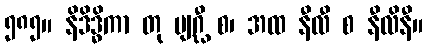
၅၈၅။ နိဒိဒ္ဓိကာ တု ဗျဂ္ဃီ စ၊ အထ နီလီ စ နီလိနီ။